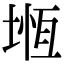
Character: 堩